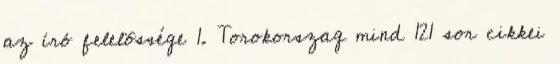
az író felelõssége 1. Torokorszag mind 121 sor cikkei